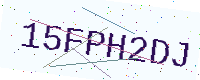
Text: 15FPH2DJ